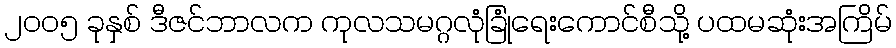
၂၀၀၅ ခုနှစ် ဒီဇင်ဘာလက ကုလသမဂ္ဂလုံခြုံရေးကောင်စီသို့ ပထမဆုံးအကြိမ်